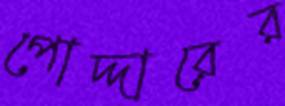
পোদ্দারের